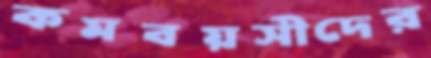
কমবয়সীদের